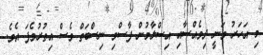
މި އަހަރު ވަނީ ދިވެއްސާއި އިސްލާމުން ފާސްވި ނިސްބަތް ވެސް އިތުރުވެފަ އެވެ.